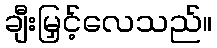
ချီးမြှင့်လေသည်။